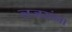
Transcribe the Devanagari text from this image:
नजरांना